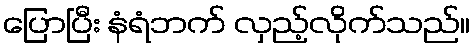
ပြောပြီး နံရံဘက် လှည့်လိုက်သည်။